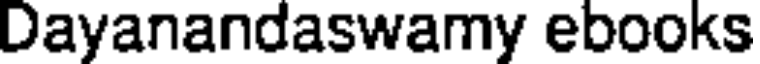
Dayanandaswamy ebooks